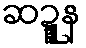
ဆဍ္ဍူန